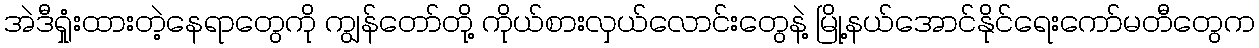
အဲဒီရှုံးထားတဲ့နေရာတွေကို ကျွန်တော်တို့ ကိုယ်စားလှယ်လောင်းတွေနဲ့ မြို့နယ်အောင်နိုင်ရေးကော်မတီတွေက